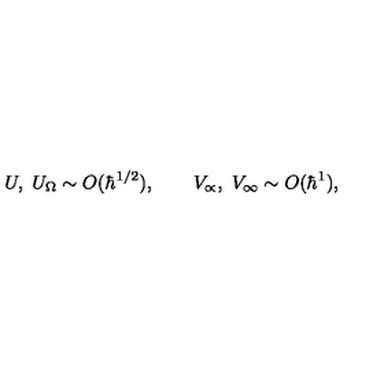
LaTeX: U , \ U _ { \Omega } \sim O ( \hbar ^ { 1 / 2 } ) , \qquad V _ { \propto } , \ V _ { \infty } \sim O ( \hbar ^ { 1 } ) ,